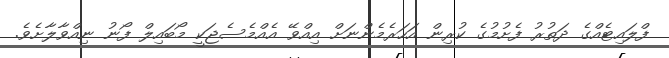
ފްލައިޓެއްގެ ދަތުރު ފެށުމުގެ ކުރިން އަހަރެމެންނަށް އިއްވޭ އެއްމެސެޖަކީ މޯބައިލް ފޯނު ނިއްވާލާށެވެ.